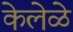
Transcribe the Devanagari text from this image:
केलेळे